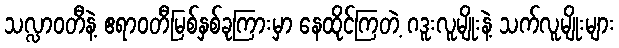
သလ္လာဝတီနဲ့ ဧရာဝတီမြစ်နှစ်ခုကြားမှာ နေထိုင်ကြတဲ့ ဂဒူးလူမျိုးနဲ့ သက်လူမျိုးများ